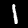
Label: 1